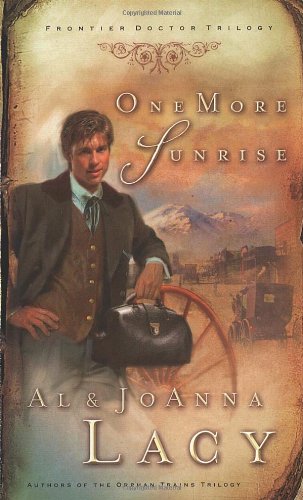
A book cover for One More Sunrise (Frontier Doctor Trilogy #1); Al & Joanna Lacy; Christian Books & Bibles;